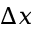
\Delta x